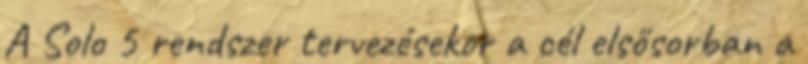
A Solo 5 rendszer tervezésekor a cél elsősorban a